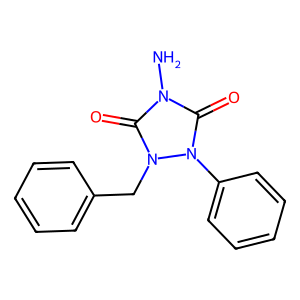
SMILES: Nn1c(=O)n(Cc2ccccc2)n(-c2ccccc2)c1=O
Inhibits HIV replication: No